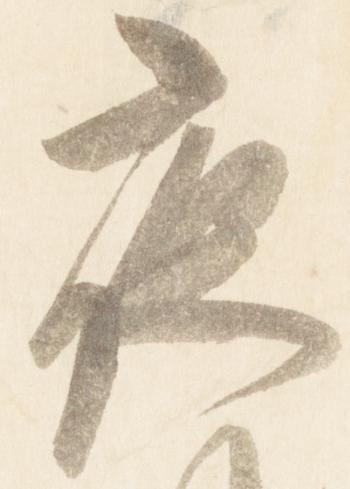
夜